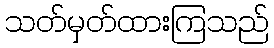
သတ်မှတ်ထားကြသည်